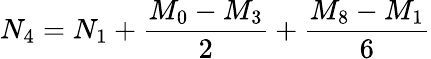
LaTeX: N_{4}=N_{1}+{\frac{M_{0}-M_{3}}{2}}+{\frac{M_{8}-M_{1}}{6}}